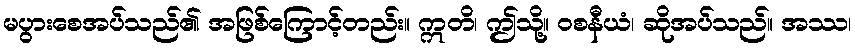
မပွားစေအပ်သည်၏ အဖြစ်ကြောင့်တည်း။ ဣတိ၊ ဤသို့။ ဝစနီယံ၊ ဆိုအပ်သည်။ အဿ၊